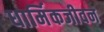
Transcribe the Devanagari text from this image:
धार्मिकजीवन